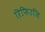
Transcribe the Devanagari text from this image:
रिफिउजि